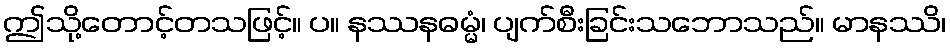
ဤသို့တောင့်တသဖြင့်။ ပ။ နဿနဓမ္မံ၊ ပျက်စီးခြင်းသဘောသည်။ မာနဿိ၊